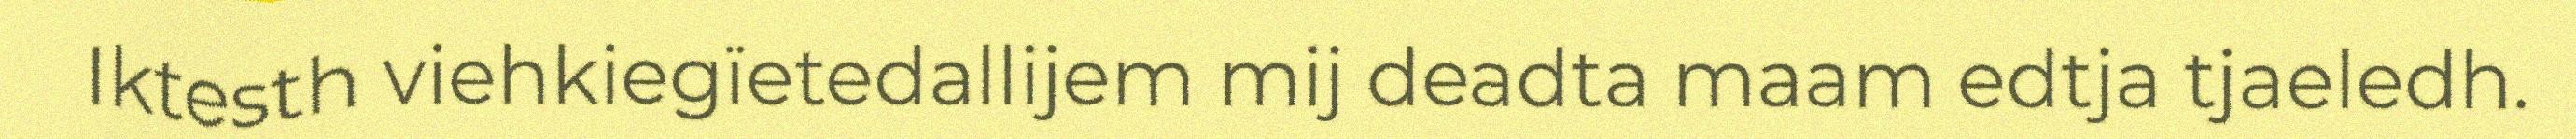
Iktesth viehkiegïetedallijem mij deadta maam edtja tjaeledh.